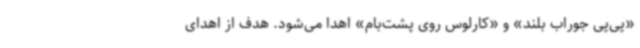
«پی‌پی جوراب بلند» و «کارلوس روی پشت‌بام» اهدا می‌شود. هدف از اهدای